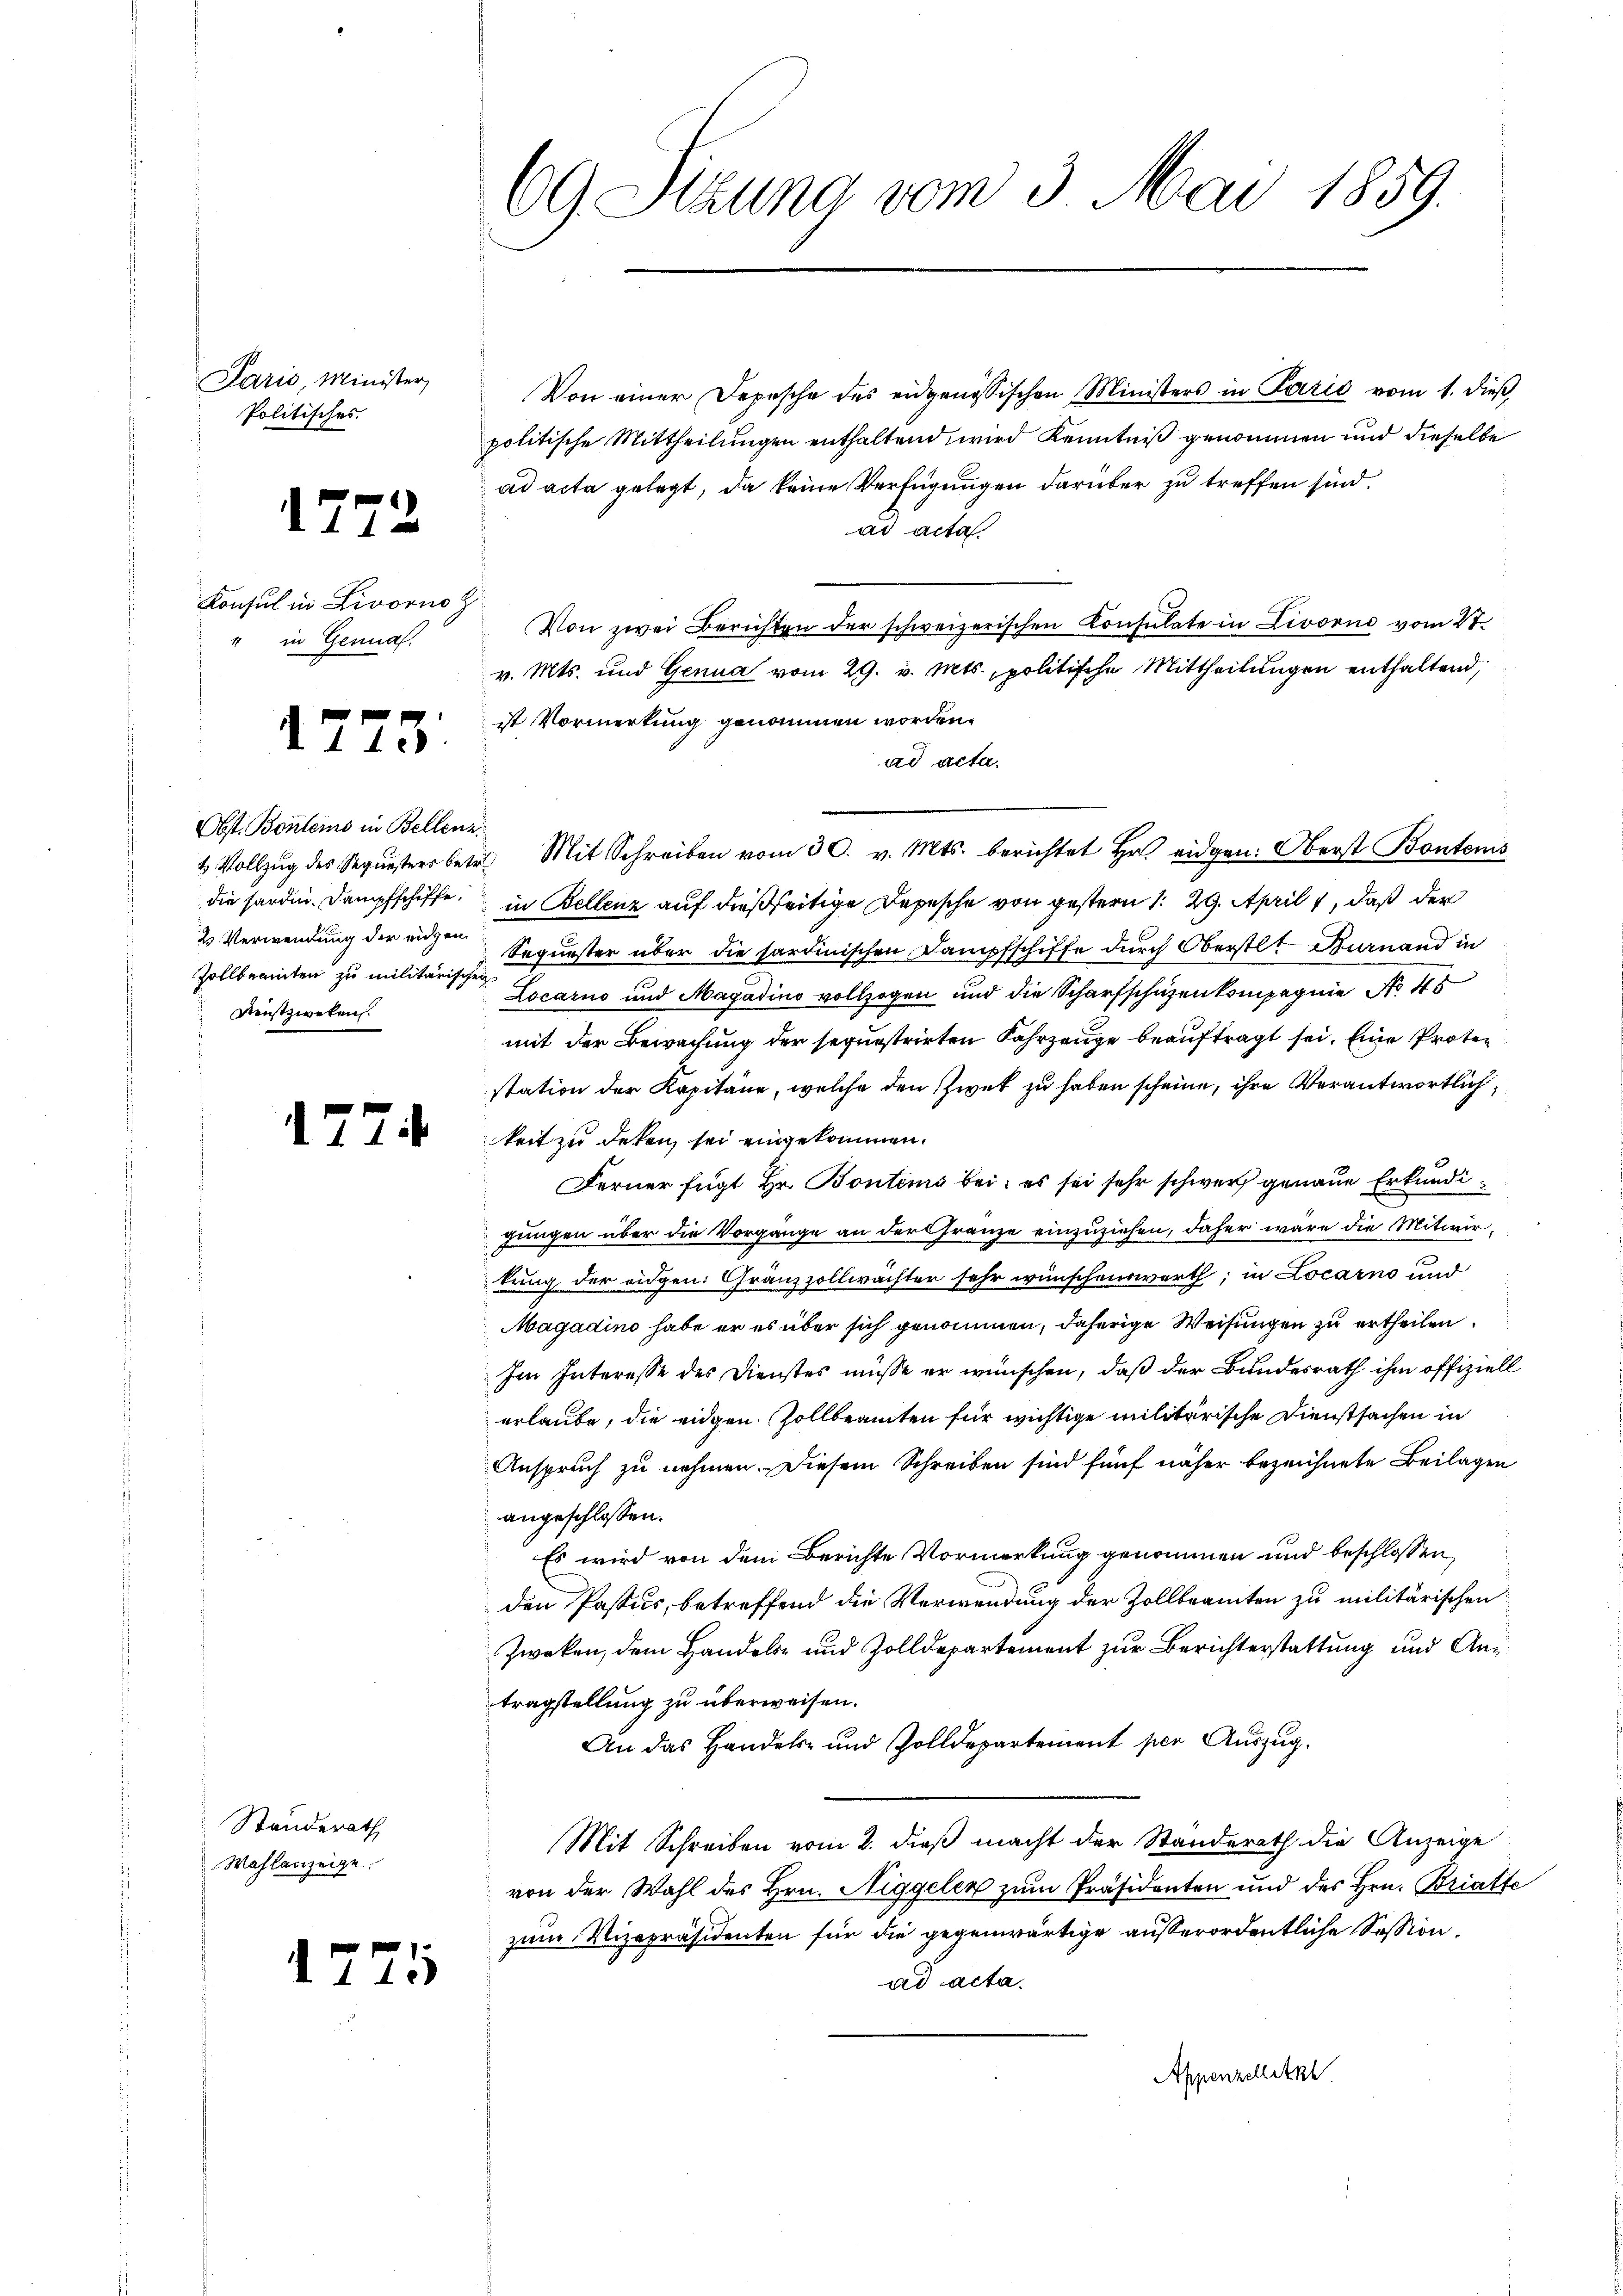
Paris, Minister,
Politisches.

1772

Konsul in Livorno z
" in Gena

1775.

Obst. Bontems in Bellenz
die sarden Dampfschiffe,
2 Verwendung der eigen
Zollbeamten zu militärischen
 Fenstzweken.

1

Standerath
Wahlanzeige.

7

1775

69 Sizung vom 3. Mai 1859.

Von einer Depesche des eidgenössischen Ministers in Paris vom 1. dieß,
politische Mittheilungen enthaltend, wird Kenntniß genommen und dieselbe
ad acta gelegt, da keine Verfügungen darüber zu treffen sind.
ad acta.
Von zwei Berichten der schweizerischen Consulate in Livorno vom 27.
v. Mts. und Genua vom 29. v. Mts., politische Mittheilungen enthaltend,
ist Vormerkung genommen worden.
ad acta.
2 Vollzŭg des Sequesters betr. Mit Schreiben vom 30. v. Mts. berichtet Hr. eidgen: Oberst Bontens
in Bellenz auf dießseitige Depesche von gestern 129. April 1, daß der
Sequester über die sardinischen Dampfschiffe durch Oberstlt Burnand in
Locarno und Magadino vollzogen und die Scharfschüzenkompagnie No 45
mit der Bewachung der sequestrirten Fahrzeuge beauftragt sei. Eine Protestation der Kapitäne, welche den Zwek zu haben scheine, ihre Verantwortlich
keit zu deken sei eingekommen.
Ferner fügt Hr. Bontems bei; es sei sehr schwerz genaue Erkundigungen über die Vorgänge an der Franze einzuziehen, daher wäre die Mitwirkung der eidgen. Gränzzollwächter sehr wünschenswerth, in Locarno und
Magadino habe er es über sich genommen, daherige Weisungen zu ertheilen.
Im Interesse des Dienstes müsse er wünschen, daß der Bundesrath ihm offiziell
erlaube, die eidgen. Zollbeamten für wichtige militärische Dienstsachen in
Anspruch zu nehmen. Diesem Schreiben sind fünf näher bezeichnete Beilagen
angeschlossen.
Es wird von dem Berichte Vormerkung genommen und beschlossen,
den Passus, betreffend die Verwendung der Zollbeamten zu militärischen
Zweken, dem Handels- und Zolldepartement zur Berichterstattung und Antragstellung zu überweisen.
An das Handels- und Zolldepartement per Auszug.
Mit Schreiben vom 2. dieß macht der Standerath die Anzeige
von der Wahl des Hrn. Niggeler zum Präsidenten und des Hrn. Bratte
zum Vizepräsidenten für die gegenwärtige außerordentliche Session,
ad acta.
Appenzelletzt.